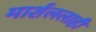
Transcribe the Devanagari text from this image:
मार्शललाही